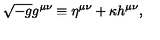
\sqrt { - g } g ^ { \mu \nu } \equiv \eta ^ { \mu \nu } + \kappa h ^ { \mu \nu } ,